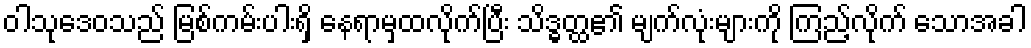
ဝါသုဒေဝသည် မြစ်ကမ်းပါးရှိ နေရာမှထလိုက်ပြီး သိဒ္ဓတ္ထ၏ မျက်လုံးများကို ကြည့်လိုက် သောအခါ